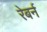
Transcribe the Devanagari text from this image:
रेबर्न